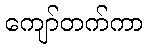
ကျော်တက်ကာ